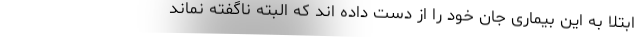
ابتلا به این بیماری جان خود را از دست داده اند که البته ناگفته نماند